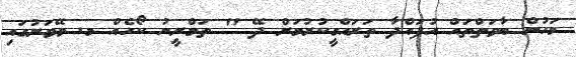
މަހުން ބާވަތްތައް އުފައްދާ ތަރައްގީކުރުމަށް ދޭ " ތަމްރީނު ކޯހެއް މ. ވޭވަށުގައި